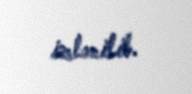
izlənilib.